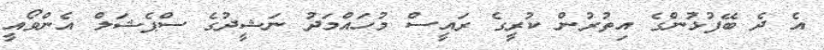
އެ ދެ ބޭފުޅުންގެ އިތުރުން ކުރީގެ ރައީސް މުހައްމަދު ނަޝީދުގެ ސްޕެޝަލް އެންވޯއީ